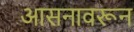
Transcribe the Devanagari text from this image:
आसनावरून